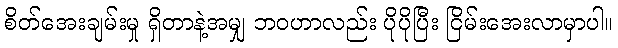
စိတ်အေးချမ်းမှု ရှိတာနဲ့အမျှ ဘဝဟာလည်း ပိုပိုပြီး ငြိမ်းအေးလာမှာပါ။